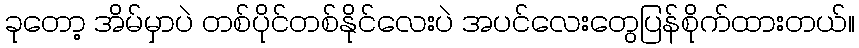
ခုတော့ အိမ်မှာပဲ တစ်ပိုင်တစ်နိုင်လေးပဲ အပင်လေးတွေပြန်စိုက်ထားတယ်။